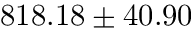
8 1 8 . 1 8 \pm 4 0 . 9 0